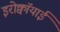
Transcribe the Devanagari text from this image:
इरोक्वॉयाई